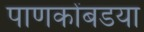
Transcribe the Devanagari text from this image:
पाणकोंबडया